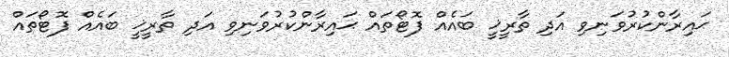
ޙައިރާންކުރުވަނިވި އަދި ތާރީޚީ ބައެއް ފޮޓޯތައް ޙައިރާންކުރުވަނިވި އަދި ތާރީޚީ ބައެއް ފޮޓޯތައް